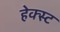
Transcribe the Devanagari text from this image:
हेक्स्ट